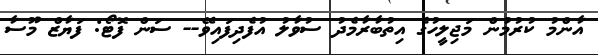
އާންމު ކުރުމުން މަޖިލީހުގެ އިތުބާރާމެދު ސުވާލު އުފެދިފައިވޭ-- ސަން ފޮޓޯ: ފަޔާޒް މޫސާ